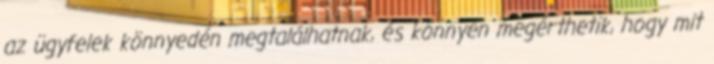
az ügyfelek könnyedén megtalálhatnak, és könnyen megérthetik, hogy mit